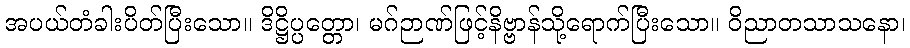
အပယ်တံခါးပိတ်ပြီးသော။ ဒိဋ္ဌိပ္ပတ္တော၊ မဂ်ဉာဏ်ဖြင့်နိဗ္ဗာန်သို့ရောက်ပြီးသော။ ဝိညာတသာသနော၊